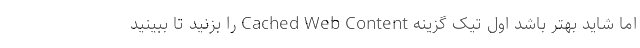
اما شاید بهتر باشد اول تیک گزینه Cached Web Content را بزنید تا ببینید